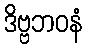
ဒိဗ္ဗဘဝနံ